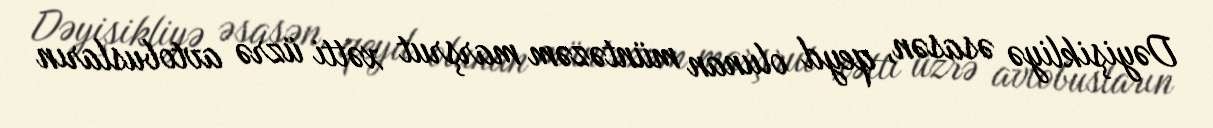
Dəyişikliyə əsasən, qeyd olunan müntəzəm marşrut xətti üzrə avtobusların